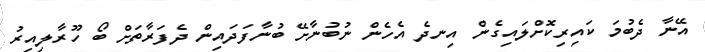
އޭނާ ދެބުމަ ކައިރިކޮށްލައިގެން އިނދެ އެހެން ނުބުނާށޭ ބުނާފަދައިން ދެފަރާތަށް ބޯ ހޫރާލިއިރު